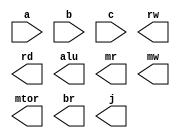
module e2q3(a,b,c,rw,rd,alu,mr,mw,mtor,br,j);
input a,b,c;
output rw,rd,alu,mr,mw,mtor,br,j;


endmodule